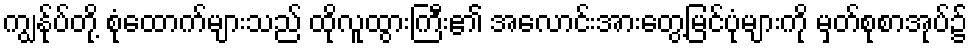
ကျွန်ုပ်တို့ စုံထောက်များသည် ထိုလူထွားကြီး၏ အလောင်းအားတွေ့မြင်ပုံများကို မှတ်စုစာအုပ်၌